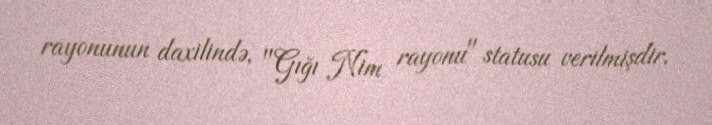
rayonunun daxilində, "Gığı Nim rayonu" statusu verilmişdir.